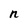
Character: n